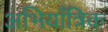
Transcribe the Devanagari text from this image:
अभियाँत्रिक